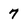
Character: 7